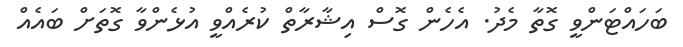
ބަހައްޓަންވީ ގޮތާ މެދު. އެހެން ގޮސް އިޝާރާތް ކުރެއްވީ އުޅެންވާ ގޮތަށް ބައެއް